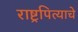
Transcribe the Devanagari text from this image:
राष्ट्रपित्याचे